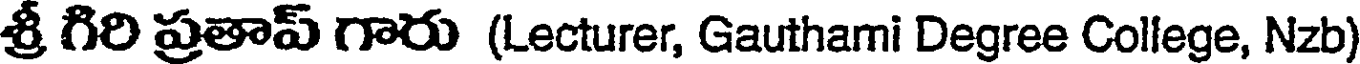
శ్రీ గిరి ప్రతాప్ గారు (Lecturer, Gauthami Degree College, Nzb)